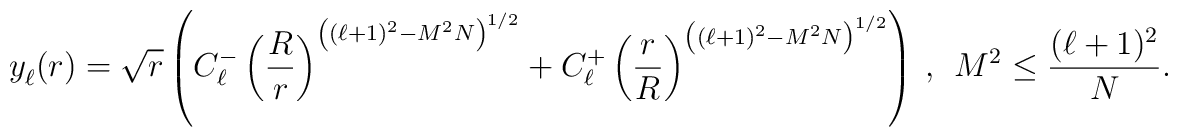
y_\ell^{\vphantom +} (r) = \sqrt{r}\left(C_\ell^-\left(\frac{R}{r}\right)^{\left((\ell + 1)^2 - M^2 N\right)^{1/2}} +C_\ell^+\left(\frac{r}{R}\right)^{\left((\ell + 1)^2 - M^2 N\right)^{1/2}}\right) \ , \ \ M^2 \leq \frac {(\ell + 1)^2}{N}.